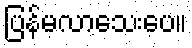
ပြန်မလာသေးပေ။